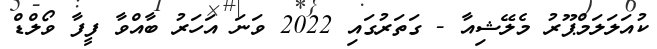
ކުއަލަލަމްޕޫރު މެލޭޝިއާ - ގަތަރުގައި 2022 ވަނަ އަހަރު ބާއްވާ ފީފާ ވޯލްޑް